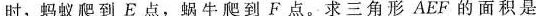
牛、时，蚂蚁爬到E点，蜗牛爬到F点。求三角形AEF的面积是